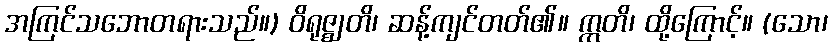
အကြင်သဘောတရားသည်။) ဝိရုဇ္ဈတိ၊ ဆန့်ကျင်တတ်၏။ ဣတိ၊ ထို့ကြောင့်။ (သော၊